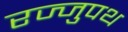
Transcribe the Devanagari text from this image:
रज्जुपथ